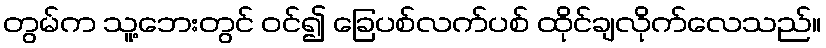
တွမ်က သူ့ဘေးတွင် ဝင်၍ ခြေပစ်လက်ပစ် ထိုင်ချလိုက်လေသည်။